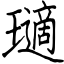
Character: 瓋